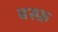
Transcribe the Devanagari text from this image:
बस्फ़